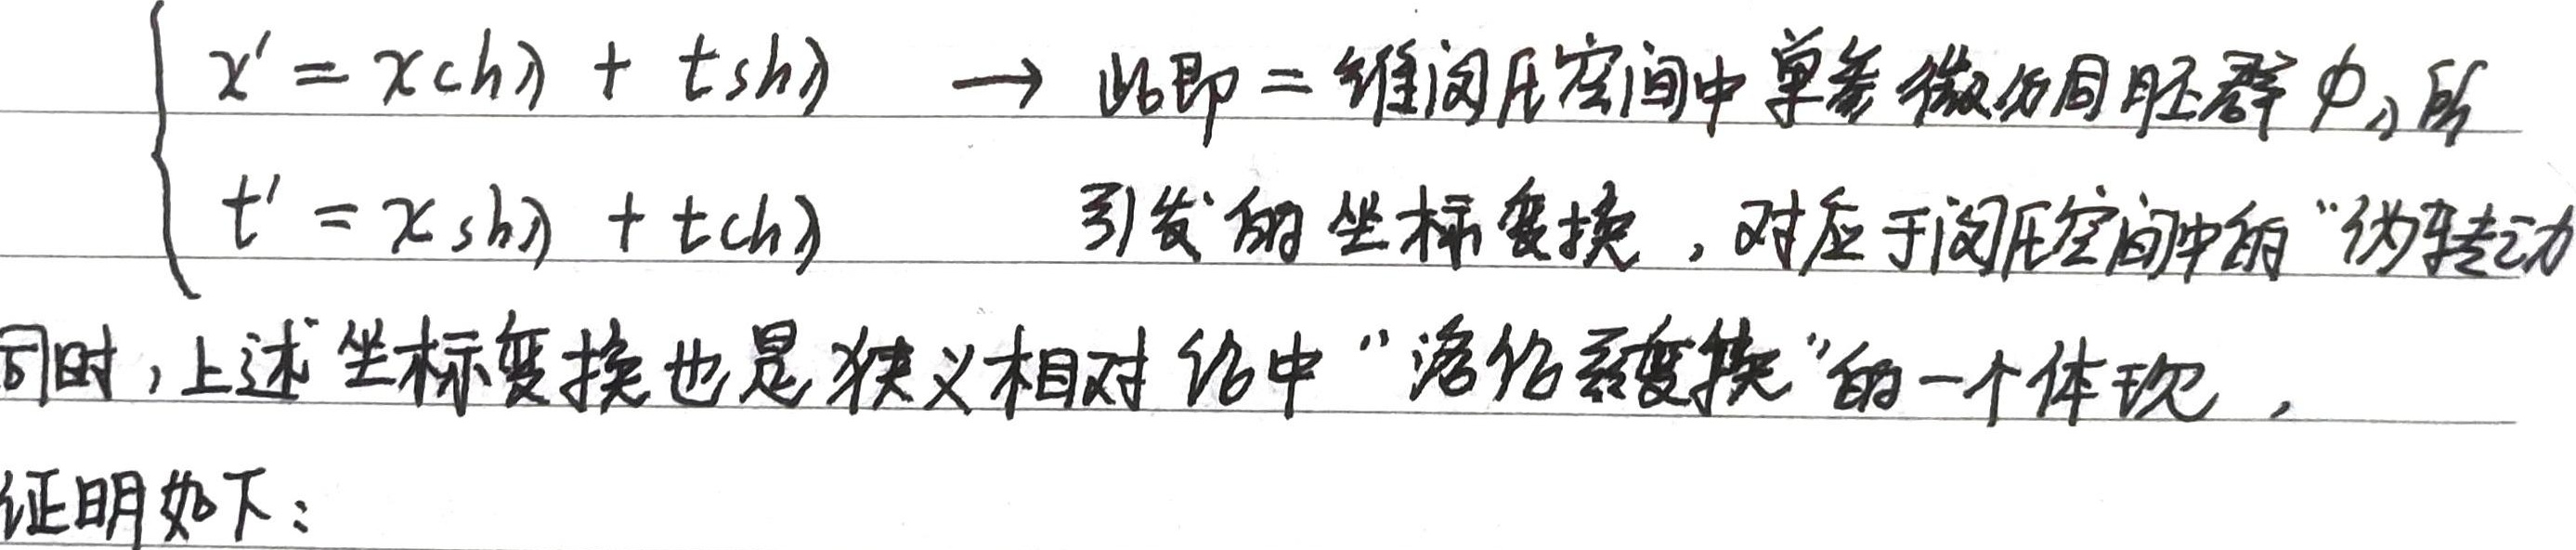
\[\begin{cases}x'=x\mathrm{ch}\lambda + t\mathrm{sh}\lambda\\t'=x\mathrm{sh}\lambda + t\mathrm{ch}\lambda\end{cases}\]
$\to$ 此即二维闵氏空间中单参微分同胚群 $\phi_{\lambda}$ 所引发的坐标变换，对应于闵氏空间中的“伪转动”。同时，上述坐标变换也是狭义相对论中“洛伦兹变换”的一个体现，证明如下：